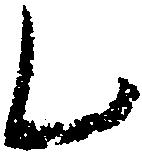
乙